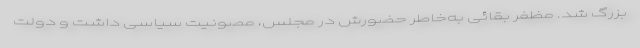
بزرگ شد. مظفر بقائی به‌خاطر حضورش در مجلس، مصونیت سیاسی داشت و دولت